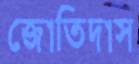
জোতিদাস